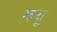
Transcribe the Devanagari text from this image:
ग्ल्यू